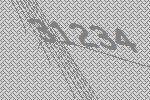
31234